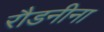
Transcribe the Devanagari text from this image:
रौडनीना